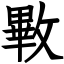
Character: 㪤